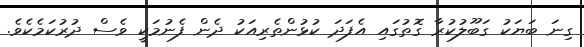
ގިނަ ބަޔަކު ގަބޫލުކުރާ ގޮތުގައި އެފަދަ ކުޅުންތެރިއަކު ދެން ފެނުމަކީ ވެސް ދުރުކަމެކެވެ.